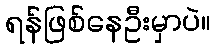
ရန်ဖြစ်နေဦးမှာပဲ။